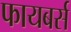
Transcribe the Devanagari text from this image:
फायबर्स